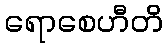
ရောစေဟီတိ